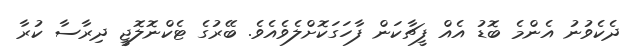
ދެކެވުނު އެންމެ ބޮޑު އެއް ފީޗާކަން ފާހަގަކޮށްލެވެއެވެ. ބޭރުގެ ޓެކްނޮލޮޖީ ދިރާސާ ކުރާ